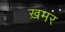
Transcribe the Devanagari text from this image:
ख़मर